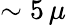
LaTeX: \sim 5\, \mu